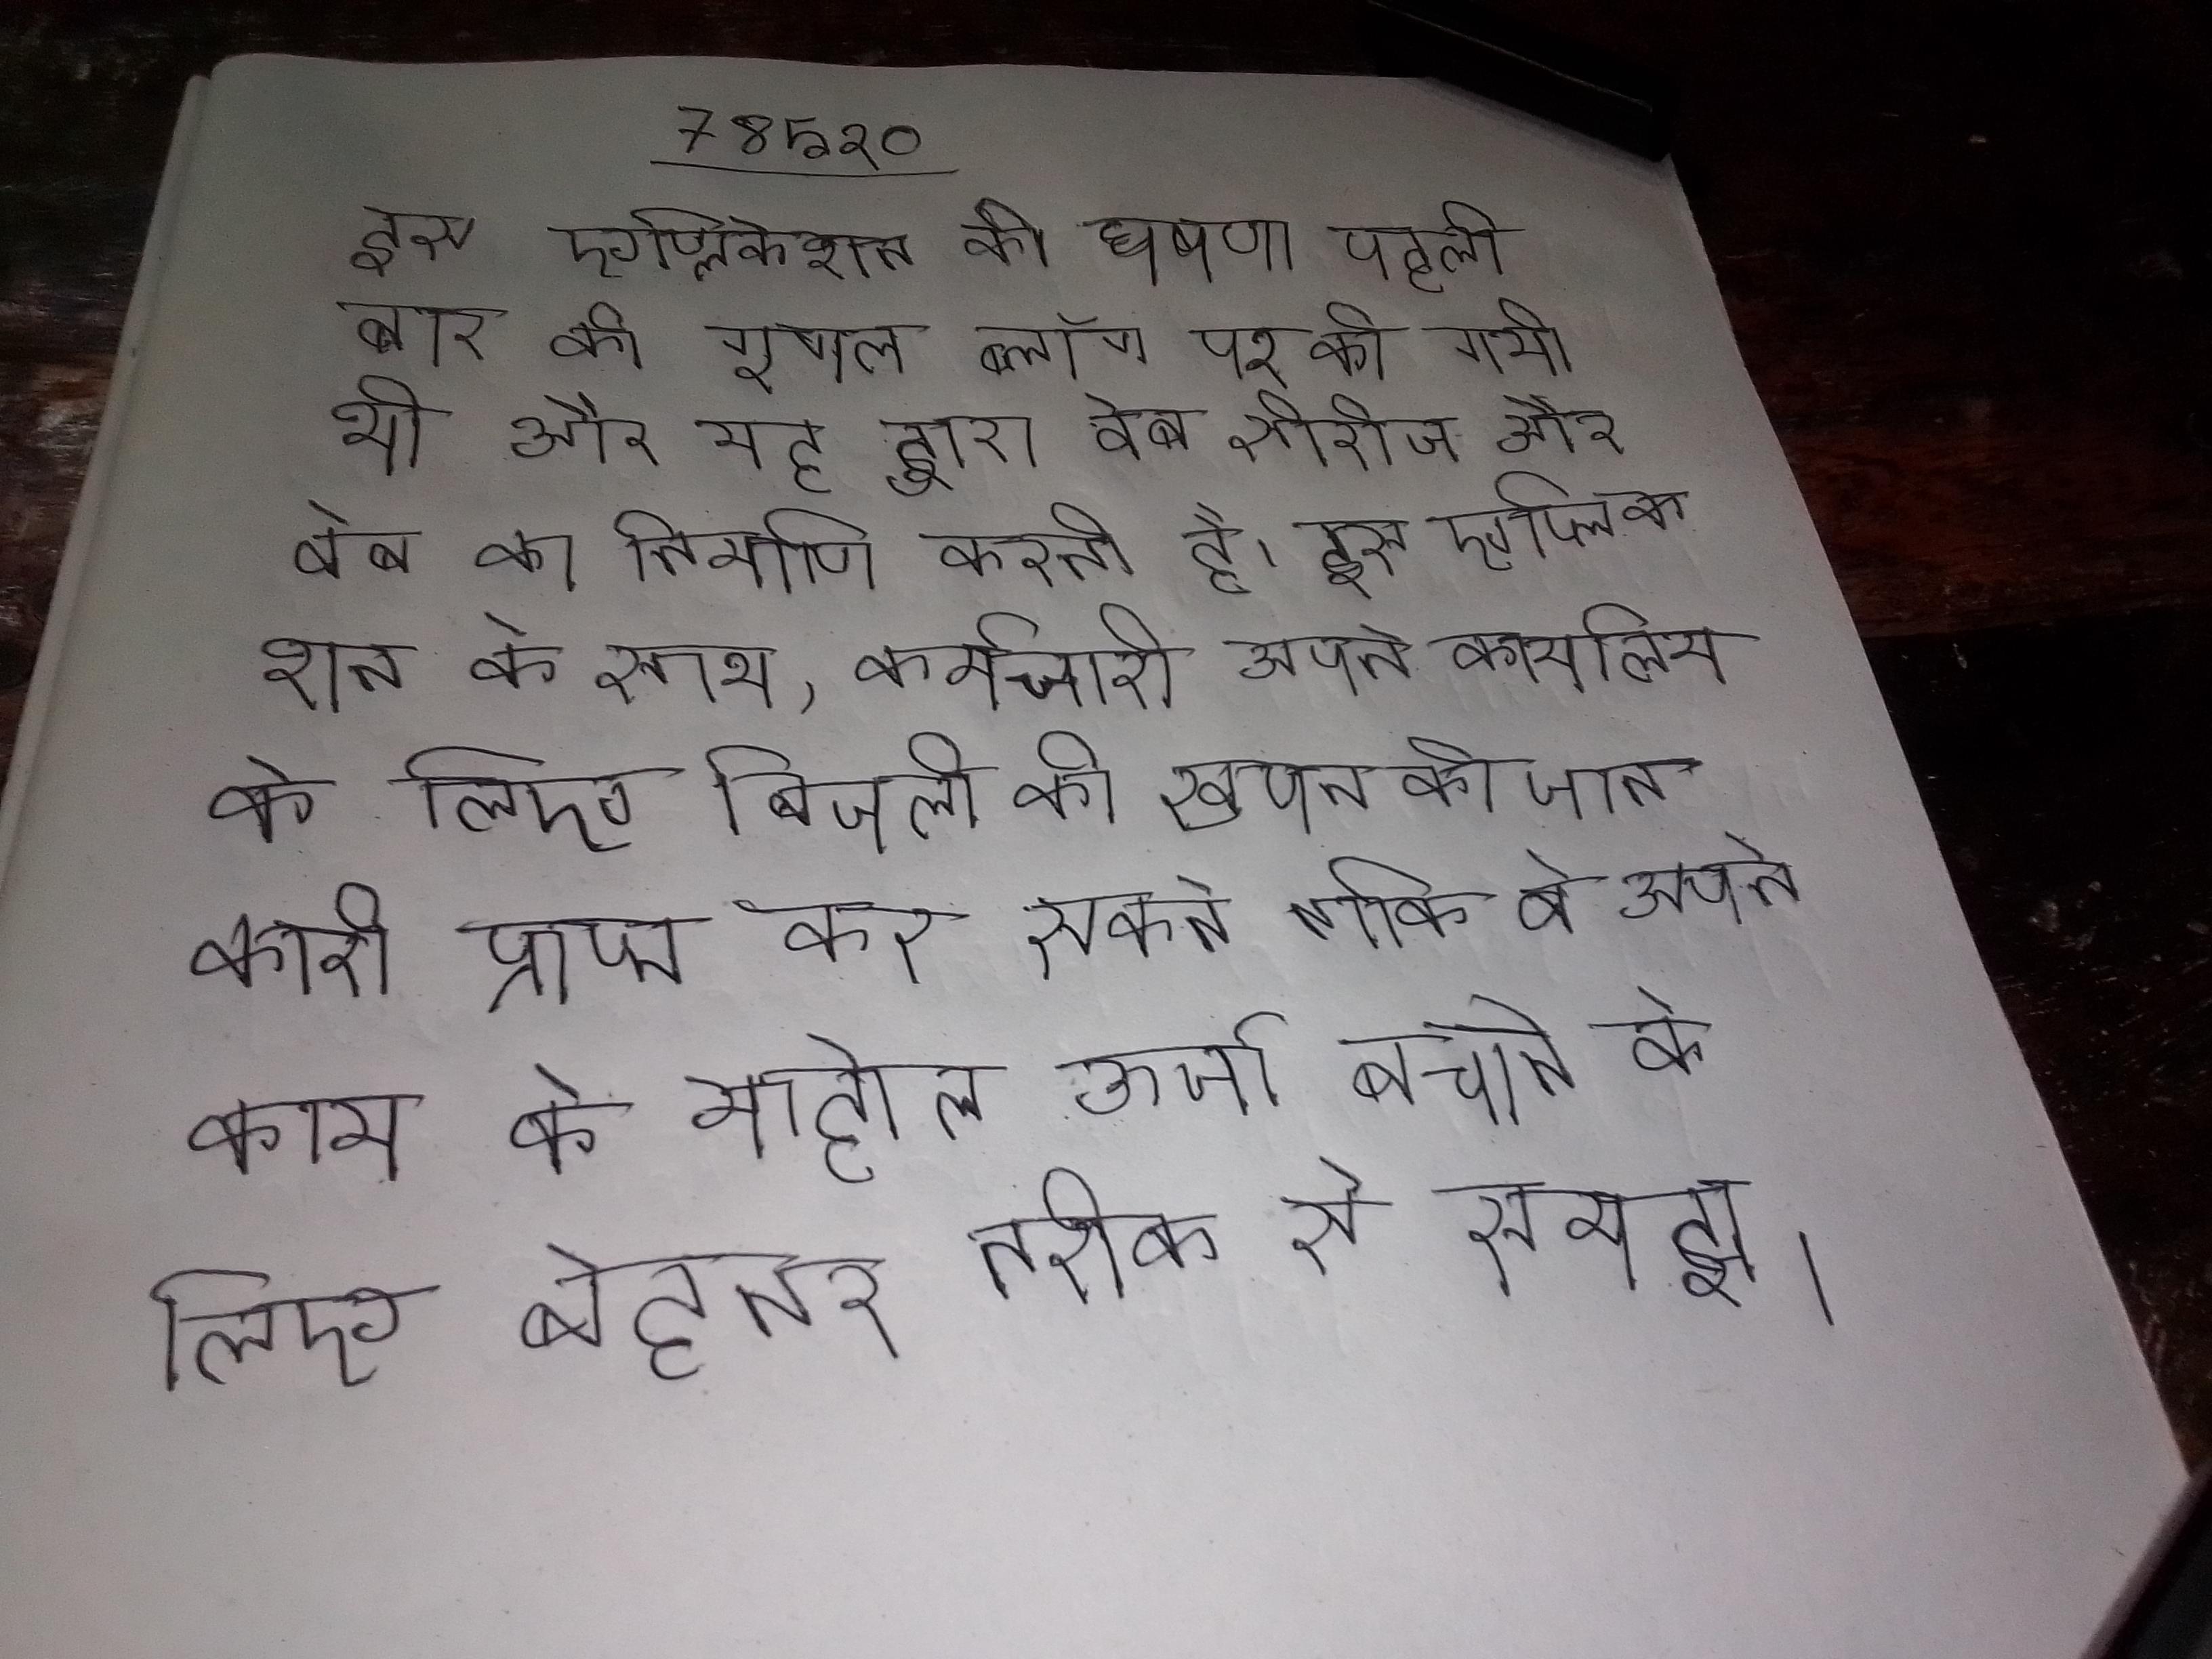
इस एप्लिकेशन की घोषणा पहली बार को गूगल ब्लॉग पर की गयी थी और यह गूगल पर मौजूद था । इस एप्लिकेशन के द्वारा वेब सीरीज और वेब का निर्माण करती है । इस एप्लिकेशन के साथ, कर्मचारी अपने कार्यालय के लिए बिजली की खपत की जानकारी प्राप्त कर सकते ताकि वे अपने काम के माहौल ऊर्जा बचाने के लिए बेहतर तरीके से समझ ।